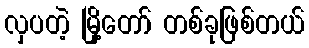
လှပတဲ့ မြို့တော် တစ်ခုဖြစ်တယ်